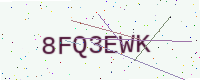
Text: 8FQ3EWK